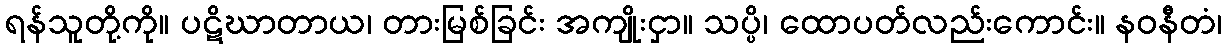
ရန်သူတို့ကို။ ပဋိဃာတာယ၊ တားမြစ်ခြင်း အကျိုးငှာ။ သပ္ပိ၊ ထောပတ်လည်းကောင်း။ နဝနီတံ၊